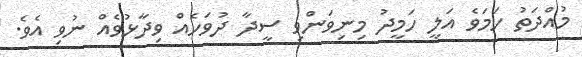
މުއްދަތު ހަމަވެ އަލީ ހަމީދު މިނިވަންވި ސީދާ ދުވަހެއް ވިދާޅުވެއް ނުވި އެވެ.